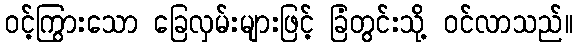
ဝင့်ကြွားသော ခြေလှမ်းများဖြင့် ခြံတွင်းသို့ ဝင်လာသည်။